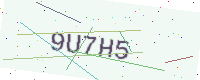
Text: 9U7H5